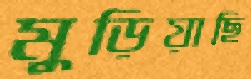
মুড়িয়াছি